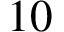
1 0